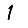
Digit: 1